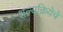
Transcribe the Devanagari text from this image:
शल्यक्रियेचे